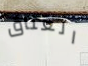
العناق